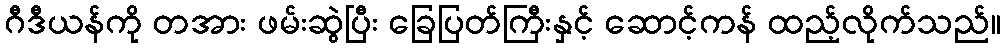
ဂီဒီယန်ကို တအား ဖမ်းဆွဲပြီး ခြေပြတ်ကြီးနှင့် ဆောင့်ကန် ထည့်လိုက်သည်။